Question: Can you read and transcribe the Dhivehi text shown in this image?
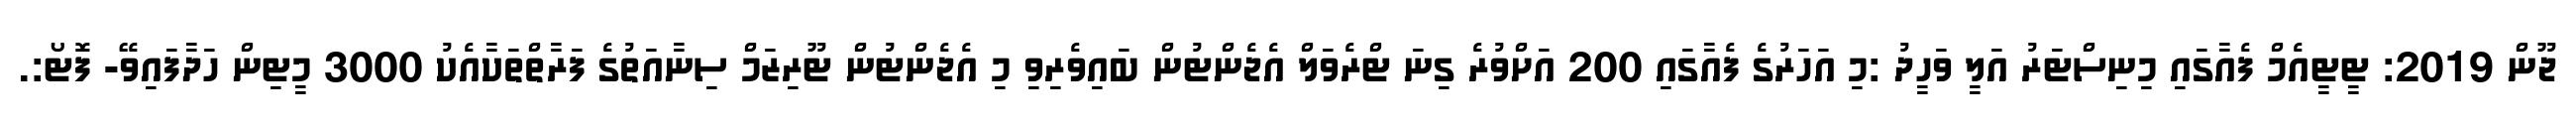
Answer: ޖޫން 2019: ޓީޓީއެމް ފެއާގައި މިނިސްޓަރު އަލީ ވަހީދު :މި އަހަރުގެ ފެއާގައި 200 އަށްވުރެ ގިނަ ޓްރެވަލް އެޖެންޓުން ބައިވެރިވި މި އެޖެންޓުން ޓޫރިޒަމް ސިނާއަތުގެ ފަރާތްތަކާއެކު 3000 މީޓިން ހަދާފައިވޭ- ފޮޓޯ:.